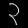
Digit: ၃